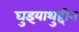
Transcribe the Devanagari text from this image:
घुइयाथुद्दीन